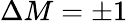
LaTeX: \Delta M=\pm 1